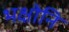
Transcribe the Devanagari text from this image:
भक्षोनि